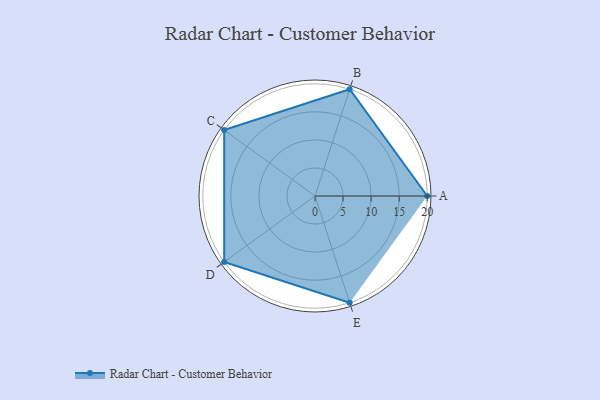
{"axis": {"x": "Skill", "y": "Score"}, "legend": ["Profile"], "data": [{"x": "A", "y": 20, "type": "Profile"}, {"x": "B", "y": 20, "type": "Profile"}, {"x": "C", "y": 20, "type": "Profile"}, {"x": "D", "y": 20, "type": "Profile"}, {"x": "E", "y": 20, "type": "Profile"}]}